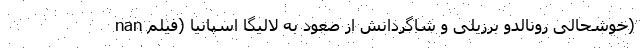
nan خوشحالی رونالدو برزیلی و شاگردانش از صعود به لالیگا اسپانیا (فیلم)